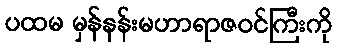
ပထမ မှန်နန်းမဟာရာဇဝင်ကြီးကို